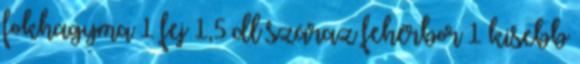
fokhagyma 1 fej 1,5 dl száraz fehérbor 1 kisebb